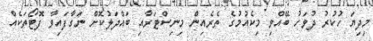
މިދިޔަ ހުކުރު ދުވަހު ބޭއްވި މިކެއުމުގެ ތެރެއިން މިނިސްޓަރާއި ބައްދަލުކޮށް ނަގާފައިވާ ފޮޓޯތަކެއް